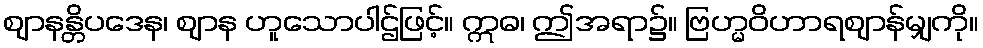
ဈာနန္တိပဒေန၊ ဈာန ဟူသောပါဌ်ဖြင့်။ ဣဓ၊ ဤအရာ၌။ ဗြဟ္မဝိဟာရဈာန်မျှကို။